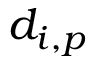
d _ { i , p }